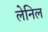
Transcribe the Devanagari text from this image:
लेनिल